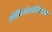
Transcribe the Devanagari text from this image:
सोशिओलॉजिकल